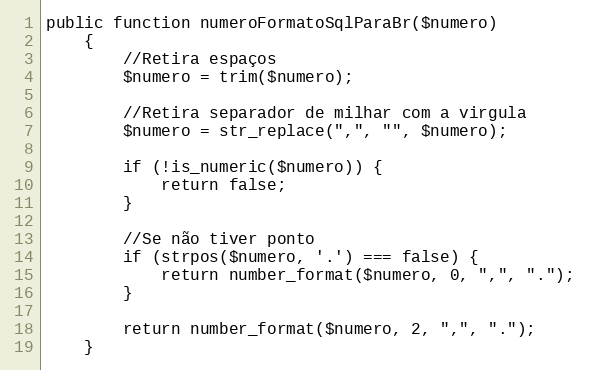
Language: PHP
public function numeroFormatoSqlParaBr($numero)
    {
        //Retira espaços
        $numero = trim($numero);

        //Retira separador de milhar com a virgula
        $numero = str_replace(",", "", $numero);

        if (!is_numeric($numero)) {
            return false;
        }

        //Se não tiver ponto
        if (strpos($numero, '.') === false) {
            return number_format($numero, 0, ",", ".");
        }

        return number_format($numero, 2, ",", ".");
    }